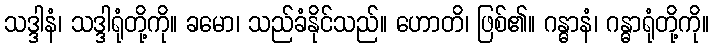
သဒ္ဒါနံ၊ သဒ္ဒါရုံတို့ကို။ ခမော၊ သည်ခံနိုင်သည်။ ဟောတိ၊ ဖြစ်၏။ ဂန္ဓာနံ၊ ဂန္ဓာရုံတို့ကို။